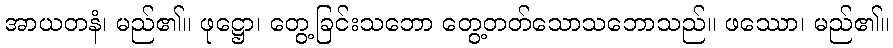
အာယတနံ၊ မည်၏။ ဖုဋ္ဌော၊ တွေ့ခြင်းသဘော တွေ့တတ်သောသဘောသည်။ ဖဿော၊ မည်၏။